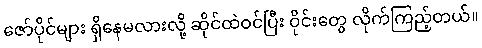
ဇော်ပိုင်များ ရှိနေမလားလို့ ဆိုင်ထဲဝင်ပြီး ဝိုင်းတွေ လိုက်ကြည့်တယ်။